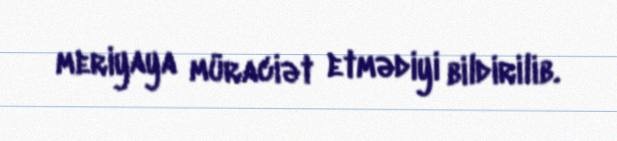
meriyaya müraciət etmədiyi bildirilib.